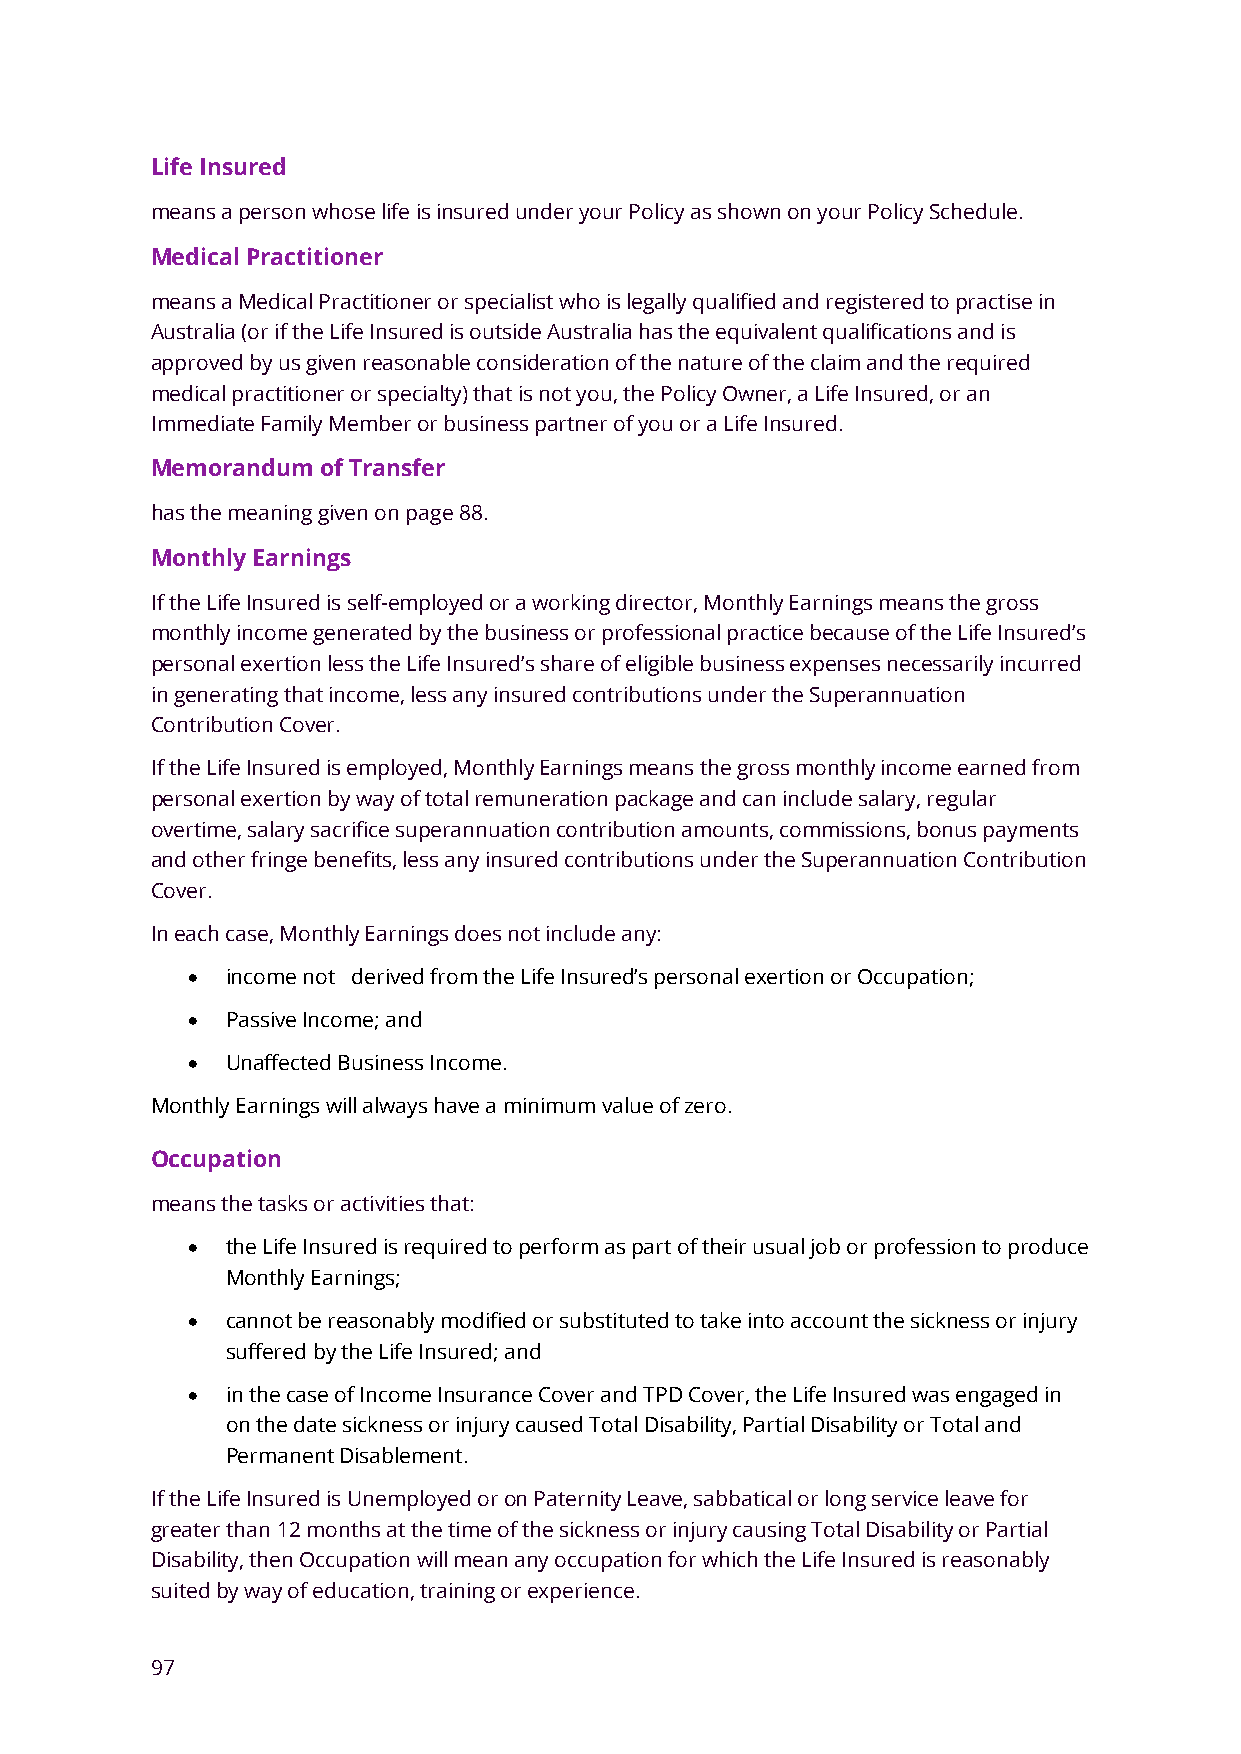
Life Insured
 means a person whose life is insured under your Policy as shown on your Policy Schedule.
 Medical Practitioner
 means a Medical Practitioner or specialist who is legally qualified and registered to practise in
 Australia (or if the Life Insured is outside Australia has the equivalent qualifications and is
 approved by us given reasonable consideration of the nature of the claim and the required
 medical practitioner or specialty) that is not you, the Policy Owner, a Life Insured, or an
 Immediate Family Member or business partner of you or a Life Insured.
 Memorandum of Transfer
 has the meaning given on page 88.
 Monthly Earnings
 If the Life Insured is self-employed or a working director, Monthly Earnings means the gross
 monthly income generated by the business or professional practice because of the Life Insured’s
 personal exertion less the Life Insured’s share of eligible business expenses necessarily incurred
 in generating that income, less any insured contributions under the Superannuation
 Contribution Cover.
 If the Life Insured is employed, Monthly Earnings means the gross monthly income earned from
 personal exertion by way of total remuneration package and can include salary, regular
 overtime, salary sacrifice superannuation contribution amounts, commissions, bonus payments
 and other fringe benefits, less any insured contributions under the Superannuation Contribution
 Cover.
 In each case, Monthly Earnings does not include any:
 •  income not derived from the Life Insured’s personal exertion or Occupation;
 •  Passive Income; and
 •  Unaffected Business Income.
 Monthly Earnings will always have a minimum value of zero.
 Occupation
 means the tasks or activities that:
 •  the Life Insured is required to perform as part of their usual job or profession to produce
 Monthly Earnings;
 •  cannot be reasonably modified or substituted to take into account the sickness or injury
 suffered by the Life Insured; and
 •  in the case of Income Insurance Cover and TPD Cover, the Life Insured was engaged in
 on the date sickness or injury caused Total Disability, Partial Disability or Total and
 Permanent Disablement.
 If the Life Insured is Unemployed or on Paternity Leave, sabbatical or long service leave for
 greater than 12 months at the time of the sickness or injury causing Total Disability or Partial
 Disability, then Occupation will mean any occupation for which the Life Insured is reasonably
 suited by way of education, training or experience.
 97